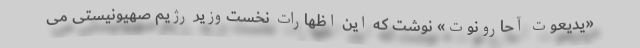
«یدیعوت آحارونوت» نوشت که این اظهارات نخست‌وزیر رژیم صهیونیستی می